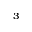
^ 3